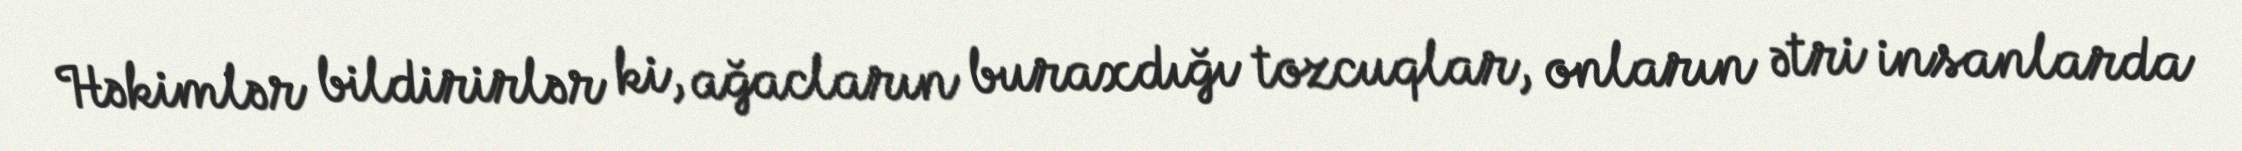
Həkimlər bildirirlər ki, ağacların buraxdığı tozcuqlar, onların ətri insanlarda